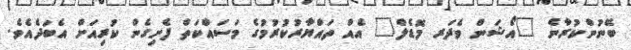
ބޭނުންކުރާނެ "އޯޝަން ވެދަރ މޮޑެލް" އެއް ތައްޔާރުކުރުމުގެ މަސައްކަތް ފެށިގެން ކުރިއަށް އެބަދެއެވެ.